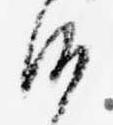
沙